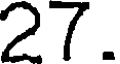
27.